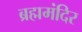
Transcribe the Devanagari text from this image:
ब्रह्ममंदिर